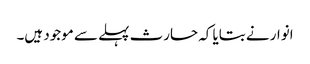
انوار نے بتایا کہ حارث پہلے سے موجود ہیں۔